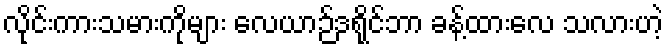
လိုင်းကားသမားကိုများ လေယာဉ်ဒရိုင်ဘာ ခန့်ထားလေ သလားဟဲ့